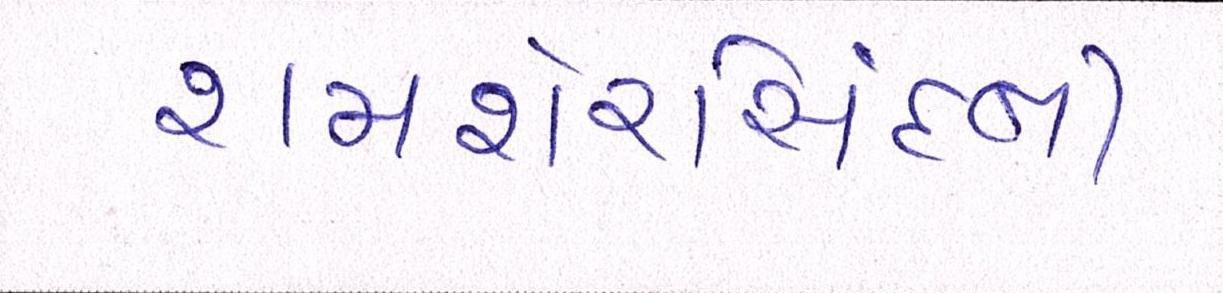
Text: શમશેરસિંઘની